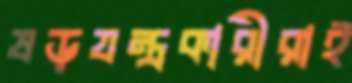
ষড়যন্ত্রকারীরাই